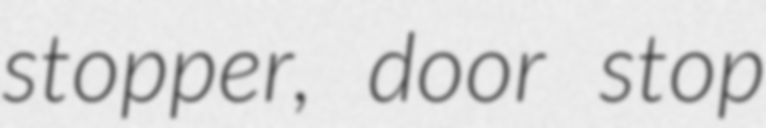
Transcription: stopper, door stop